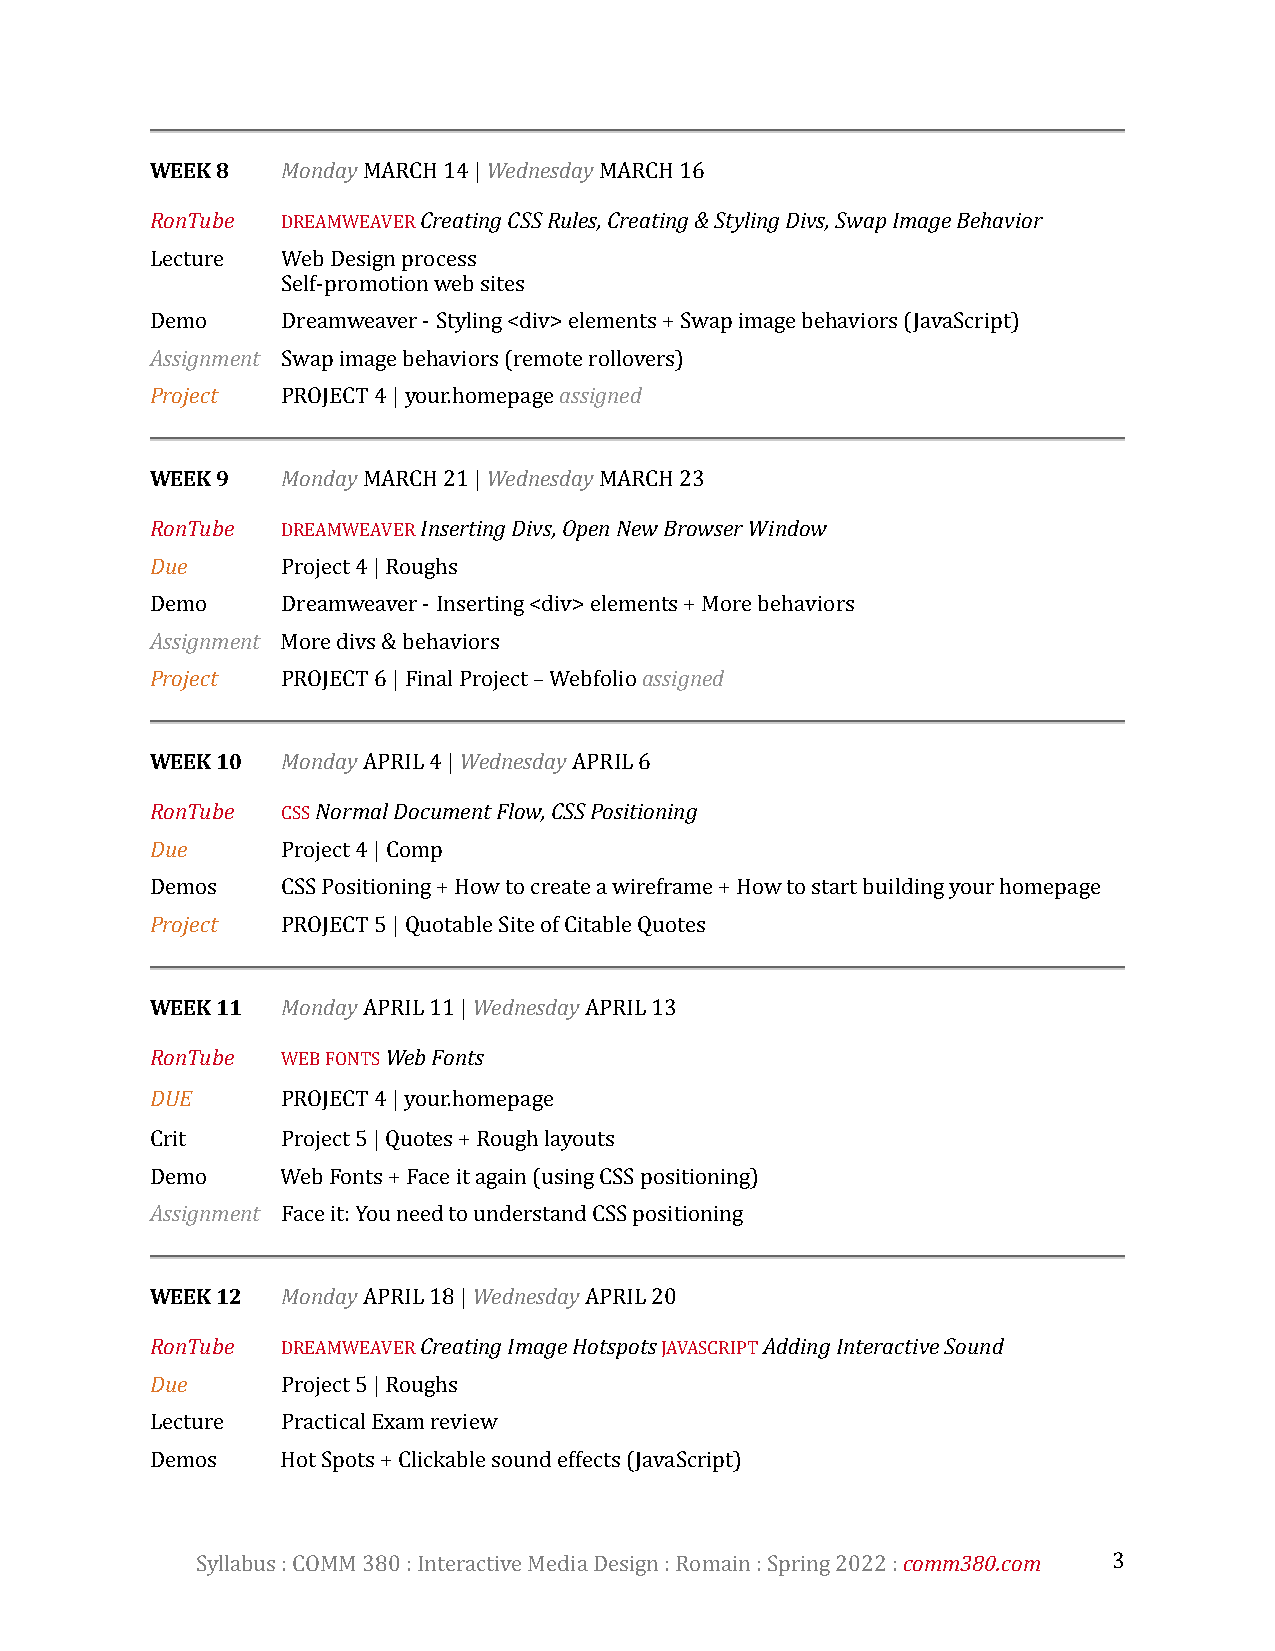
WEEK 8   Monday MARCH 14 | Wednesday MARCH 16
 RonTube  DREAMWEAVER Creating CSS Rules, Creating & Styling Divs, Swap Image Behavior
 Lecture  Web Design process
 Self-promotion web sites
 Demo     Dreamweaver - Styling <div> elements + Swap image behaviors (JavaScript)
 Assignment Swap image behaviors (remote rollovers)
 Project  PROJECT 4 | your.homepage assigned
 WEEK 9   Monday MARCH 21 | Wednesday MARCH 23
 RonTube  DREAMWEAVER Inserting Divs, Open New Browser Window
 Due      Project 4 | Roughs
 Demo     Dreamweaver - Inserting <div> elements + More behaviors
 Assignment More divs & behaviors
 Project  PROJECT 6 | Final Project – Webfolio assigned
 WEEK 10  Monday APRIL 4 | Wednesday APRIL 6
 RonTube  CSS Normal Document Flow, CSS Positioning
 Due      Project 4 | Comp
 Demos    CSS Positioning + How to create a wireframe + How to start building your homepage
 Project  PROJECT 5 | Quotable Site of Citable Quotes
 WEEK 11  Monday APRIL 11 | Wednesday APRIL 13
 RonTube  WEB FONTS Web Fonts
 DUE      PROJECT 4 | your.homepage
 Crit     Project 5 | Quotes + Rough layouts
 Demo     Web Fonts + Face it again (using CSS positioning)
 Assignment Face it: You need to understand CSS positioning
 WEEK 12  Monday APRIL 18 | Wednesday APRIL 20
 RonTube  DREAMWEAVER Creating Image Hotspots JAVASCRIPT Adding Interactive Sound
 Due      Project 5 | Roughs
 Lecture  Practical Exam review
 Demos    Hot Spots + Clickable sound effects (JavaScript)
 Syllabus : COMM 380 : Interactive Media Design : Romain : Spring 2022 : comm380.com 3